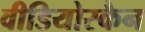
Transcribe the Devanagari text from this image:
वीडियोस्कैन